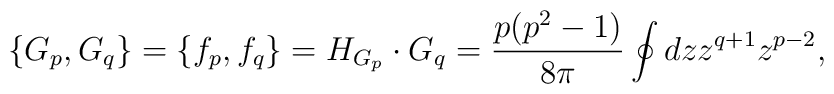
\{G_p, G_q\}=\{f_p , f_q\} = H_{G_p}\cdot G_q ={p (p^2 -1)\over 8\pi}\oint dz z^{q+1}z^{p-2},